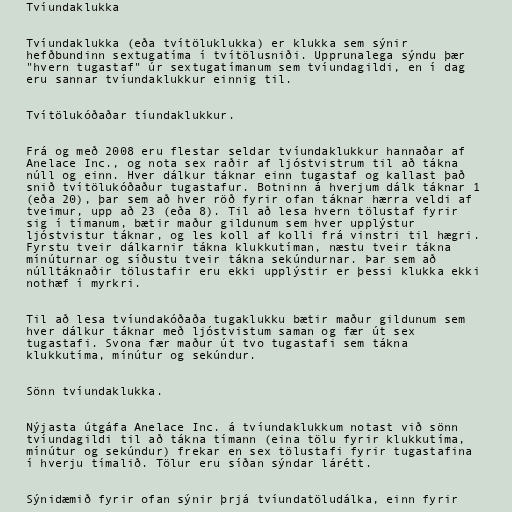
Tvíundaklukka

Tvíundaklukka (eða tvítöluklukka) er klukka sem sýnir
hefðbundinn sextugatíma í tvítölusniði. Upprunalega sýndu þær
"hvern tugastaf" úr sextugatímanum sem tvíundagildi, en í dag
eru sannar tvíundaklukkur einnig til.

Tvítölukóðaðar tíundaklukkur.

Frá og með 2008 eru flestar seldar tvíundaklukkur hannaðar af
Anelace Inc., og nota sex raðir af ljóstvistrum til að tákna
núll og einn. Hver dálkur táknar einn tugastaf og kallast það
snið tvítölukóðaður tugastafur. Botninn á hverjum dálk táknar 1
(eða 20), þar sem að hver röð fyrir ofan táknar hærra veldi af
tveimur, upp að 23 (eða 8). Til að lesa hvern tölustaf fyrir
sig í tímanum, bætir maður gildunum sem hver upplýstur
ljóstvistur táknar, og les koll af kolli frá vinstri til hægri.
Fyrstu tveir dálkarnir tákna klukkutíman, næstu tveir tákna
mínúturnar og síðustu tveir tákna sekúndurnar. Þar sem að
núlltáknaðir tölustafir eru ekki upplýstir er þessi klukka ekki
nothæf í myrkri.

Til að lesa tvíundakóðaða tugaklukku bætir maður gildunum sem
hver dálkur táknar með ljóstvistum saman og fær út sex
tugastafi. Svona fær maður út tvo tugastafi sem tákna
klukkutíma, mínútur og sekúndur.

Sönn tvíundaklukka.

Nýjasta útgáfa Anelace Inc. á tvíundaklukkum notast við sönn
tvíundagildi til að tákna tímann (eina tölu fyrir klukkutíma,
mínútur og sekúndur) frekar en sex tölustafi fyrir tugastafina
í hverju tímalið. Tölur eru síðan sýndar lárétt.

Sýnidæmið fyrir ofan sýnir þrjá tvíundatöludálka, einn fyrir